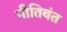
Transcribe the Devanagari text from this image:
नीतिवंत